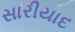
સારીયાદ